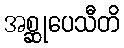
အစ္ဆုပေသီတိ